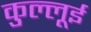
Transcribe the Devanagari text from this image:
कुल्लूई